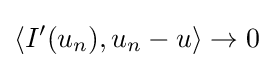
\langle I'(u_{n}),u_{n}-u\rangle \to 0